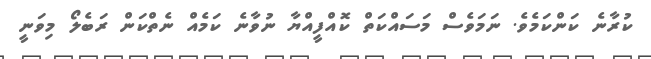
ކުރާނެ ކަންކަމެވެ. ނަމަވެސް މަސައްކަތް ކޮއްފީއްޔާ ނުވާނެ ކަމެއް ނެތްކަން ރަބެލޯ މިވަނީ